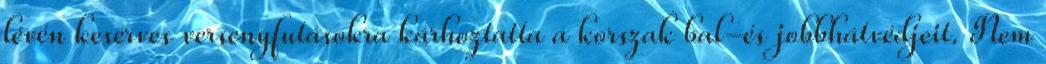
lévén keserves versenyfutásokra kárhoztatta a korszak bal-és jobbhátvédjeit. Nem